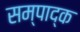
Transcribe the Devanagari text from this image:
सम्पाद्क